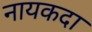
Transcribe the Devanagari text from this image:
नायकदा